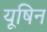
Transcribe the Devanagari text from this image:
यूषिन